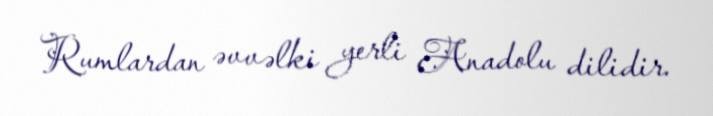
Rumlardan əvvəlki yerli Anadolu dilidir.